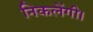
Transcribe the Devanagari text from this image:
निकलेंगी।